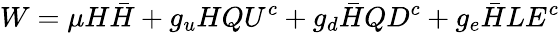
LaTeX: W=\mu H\bar{H}+g_{u}HQU^{c}+g_{d}\bar{H}QD^{c}+g_{e}\bar{H}LE^{c}